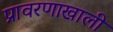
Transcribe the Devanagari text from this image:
प्रावरणाखाली